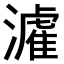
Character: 𤀶